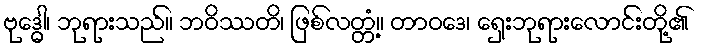
ဗုဒ္ဓေါ၊ ဘုရားသည်။ ဘဝိဿတိ၊ ဖြစ်လတ္တံ့။ တာဝဒေ၊ ရှေးဘုရားလောင်းတို့၏